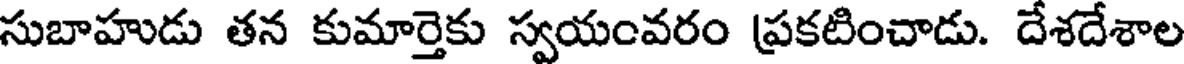
సుబాహుడు తన కుమార్తెకు స్వయంవరం ప్రకటించాడు. దేశదేశాల